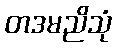
တဒမညိသုံ